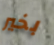
بخير